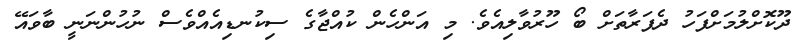
ދޫކޮށްލުމަށްފަހު ދެފަރާތަށް ބޯ ހޫރުވާލިއެވެ. މި އަންހެން ކުއްޖާގެ ސިކުނޑިއެއްވެސް ނުހުންނަނީ ބާވައޭ